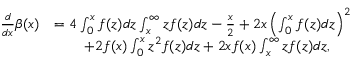
\begin{array} { r l } { \frac { d } { d x } \beta ( x ) } & { = 4 \int _ { 0 } ^ { x } f ( z ) d z \int _ { x } ^ { \infty } z f ( z ) d z - \frac { x } { 2 } + 2 x \left( \int _ { 0 } ^ { x } f ( z ) d z \right) ^ { 2 } } \\ & { \qquad + 2 f ( x ) \int _ { 0 } ^ { x } z ^ { 2 } f ( z ) d z + 2 x f ( x ) \int _ { x } ^ { \infty } z f ( z ) d z , } \end{array}